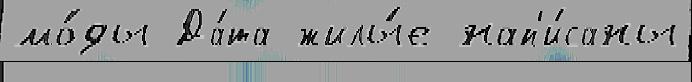
мо́ды Да́та жилы́е нап'и́саны